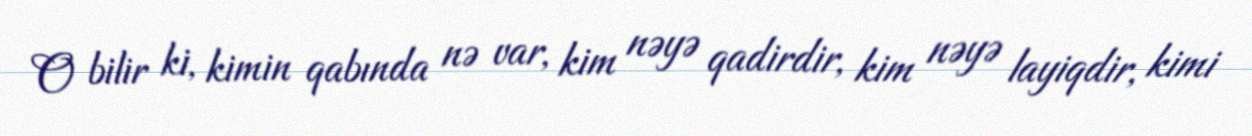
O bilir ki, kimin qabında nə var, kim nəyə qadirdir, kim nəyə layiqdir, kimi